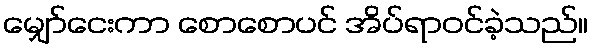
မျှော်ငေးကာ စောစောပင် အိပ်ရာဝင်ခဲ့သည်။